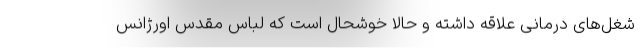
شغل‌های درمانی علاقه داشته و حالا خوشحال است که لباس مقدس اورژانس